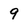
Character: 9